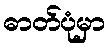
ဓာတ်ပုံမှာ